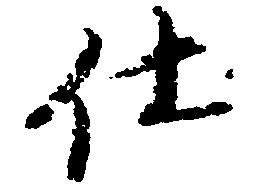
仕